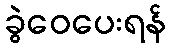
ခွဲဝေပေးရန်